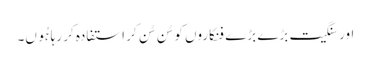
اور سنگیت بڑے بڑے فنکاروں کو سُن سُن کر استفادہ کر رہا ہُوں۔